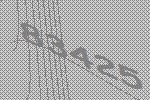
83425